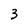
Character: 3